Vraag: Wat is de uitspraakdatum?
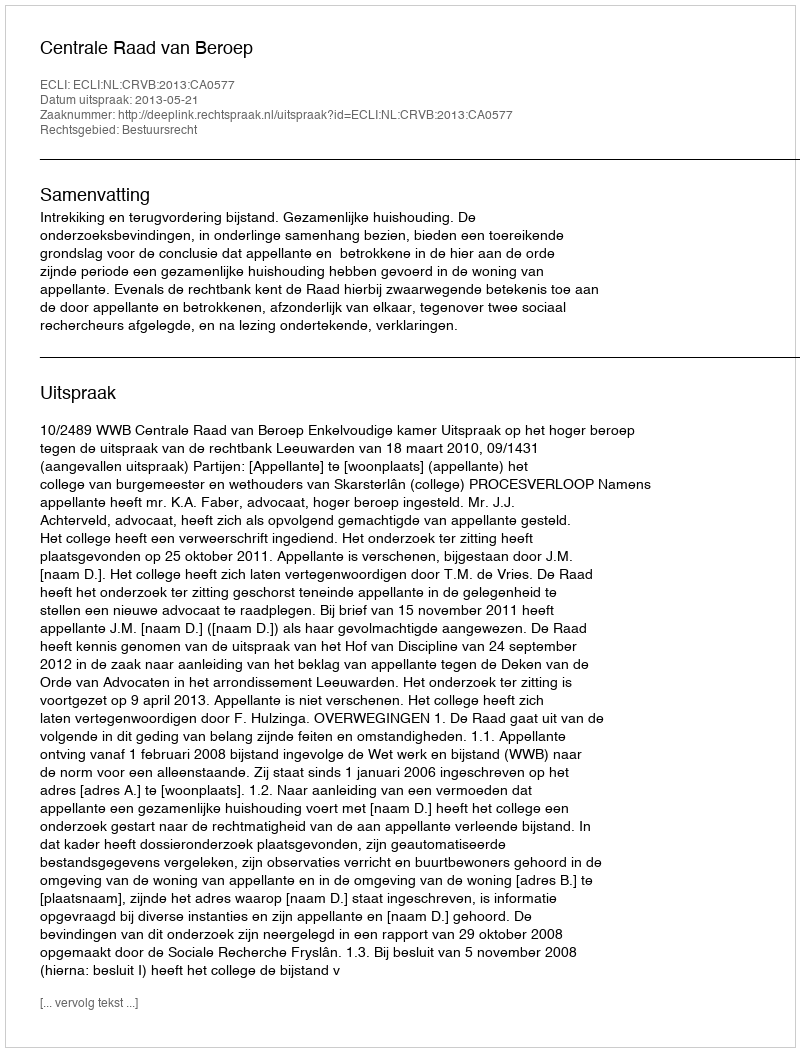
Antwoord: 2013-05-21